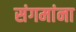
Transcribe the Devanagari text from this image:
संगमांना